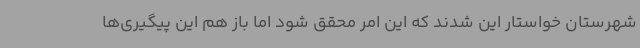
شهرستان خواستار این شدند که این امر محقق شود اما باز هم این پیگیری‌ها